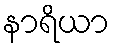
နာရိယာ